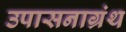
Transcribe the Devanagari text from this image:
उपासनाग्रंथ